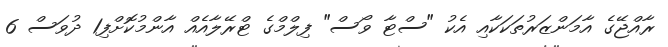
ރާއްޖޭގެ އާމަންޒަރުތަކަކާއި އެކު "ސްޓާ ވޯސް" ފިލްމްގެ ޓްރޭލާއެއް އާންމުކޮށްފި1 ދުވަސް 6